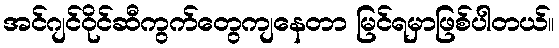
အင်ဂျင်ဝိုင်ဆီကွက်တွေကျနေတာ မြင်ရမှာဖြစ်ပါတယ်။